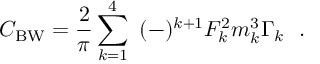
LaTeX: C _ { \mathrm { B W } } = { \frac { 2 } { \pi } } \sum _ { k = 1 } ^ { 4 } ~ ( - ) ^ { k + 1 } F _ { k } ^ { 2 } m _ { k } ^ { 3 } \Gamma _ { k } \ \ .